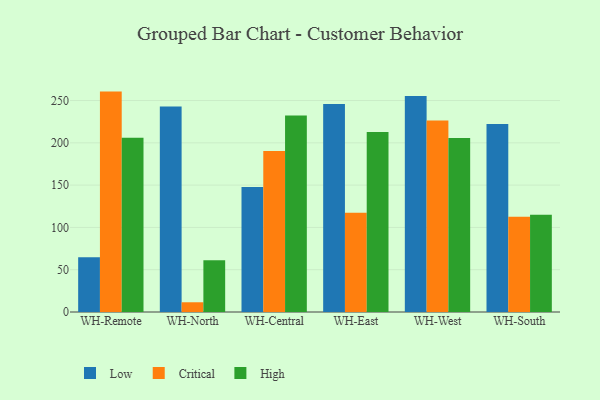
{"axis": {"x": "Warehouse", "y": "LTV (USD)"}, "legend": ["Critical", "High", "Low"], "data": [{"x": "WH-Remote", "y": 64.8, "type": "Low"}, {"x": "WH-Remote", "y": 260.6, "type": "Critical"}, {"x": "WH-Remote", "y": 206.0, "type": "High"}, {"x": "WH-North", "y": 242.9, "type": "Low"}, {"x": "WH-North", "y": 11.5, "type": "Critical"}, {"x": "WH-North", "y": 61.2, "type": "High"}, {"x": "WH-Central", "y": 147.7, "type": "Low"}, {"x": "WH-Central", "y": 190.3, "type": "Critical"}, {"x": "WH-Central", "y": 232.4, "type": "High"}, {"x": "WH-East", "y": 246.0, "type": "Low"}, {"x": "WH-East", "y": 117.4, "type": "Critical"}, {"x": "WH-East", "y": 212.9, "type": "High"}, {"x": "WH-West", "y": 255.4, "type": "Low"}, {"x": "WH-West", "y": 226.5, "type": "Critical"}, {"x": "WH-West", "y": 205.8, "type": "High"}, {"x": "WH-South", "y": 222.2, "type": "Low"}, {"x": "WH-South", "y": 112.7, "type": "Critical"}, {"x": "WH-South", "y": 114.9, "type": "High"}]}